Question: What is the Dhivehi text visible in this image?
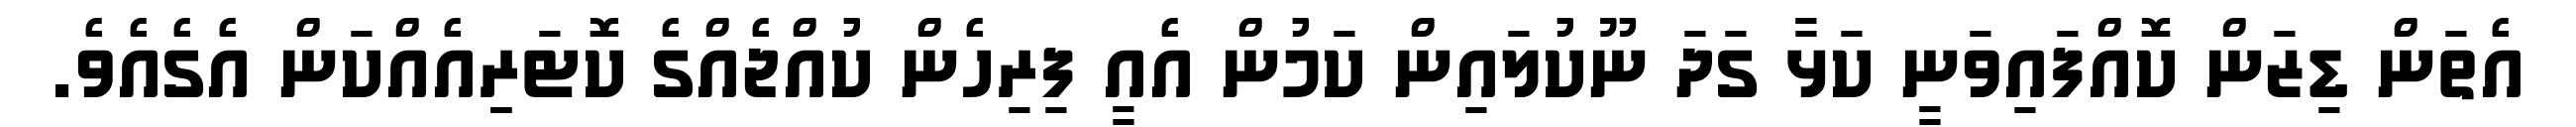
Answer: އެތަން ޑިޒަން ކޮއްފައިވަނީ ކަޅާ ގަދަ ނޫކުލައިން ކަމުން އެއީ ފިރިހެން ކުއްޖެއްގެ ކޮޓަރިިއެއްކަން އެގެއެވެ.